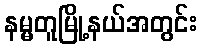
နမ္မတူမြို့နယ်အတွင်း